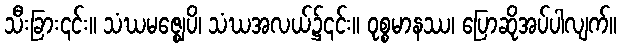
သီးခြား၎င်း။ သံဃမဇ္ဈေပိ၊ သံဃအလယ်၌၎င်း။ ဝုစ္စမာနဿ၊ ပြောဆိုအပ်ပါလျက်။